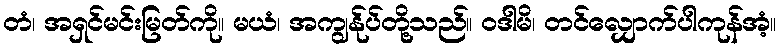
တံ၊ အရှင်မင်းမြတ်ကို။ မယံ၊ အကျွန်ုပ်တို့သည်။ ဝဒါမိ၊ တင်လျှောက်ပါကုန်အံ့။